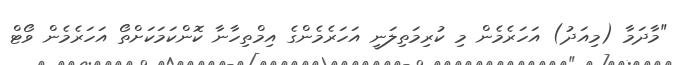
"މާދަމާ (މިއަދު) އަހަރެމެން މި ކުރިމަތިލަނީ އަހަރެމެންގެ އިމްތިހާނާ ކޮންކަމަކަށްތޯ އަހަރެމެން ވޯޓް